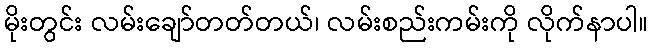
မိုးတွင်း လမ်းချော်တတ်တယ်၊ လမ်းစည်းကမ်းကို လိုက်နာပါ။